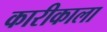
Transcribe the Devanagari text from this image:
कारीकाला